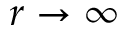
r \rightarrow \infty